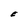
Character: E